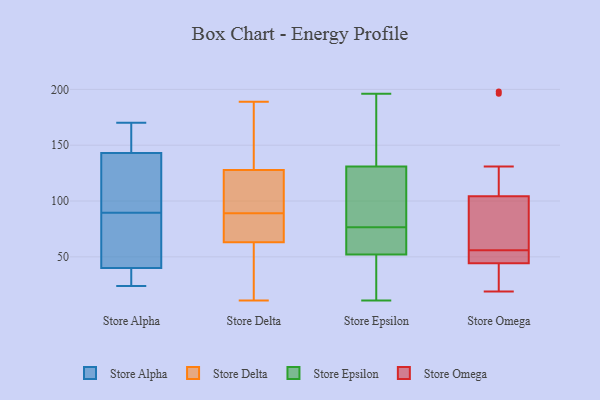
{"axis": {"x": "Conversion Rate (%)", "y": "Value"}, "legend": ["Store Alpha", "Store Delta", "Store Epsilon", "Store Omega"], "data": [{"x": "", "y": 143, "type": "Store Alpha"}, {"x": "", "y": 170, "type": "Store Alpha"}, {"x": "", "y": 164, "type": "Store Alpha"}, {"x": "", "y": 24, "type": "Store Alpha"}, {"x": "", "y": 40, "type": "Store Alpha"}, {"x": "", "y": 124, "type": "Store Alpha"}, {"x": "", "y": 86, "type": "Store Alpha"}, {"x": "", "y": 60, "type": "Store Alpha"}, {"x": "", "y": 93, "type": "Store Alpha"}, {"x": "", "y": 40, "type": "Store Alpha"}, {"x": "", "y": 22, "type": "Store Delta"}, {"x": "", "y": 112, "type": "Store Delta"}, {"x": "", "y": 71, "type": "Store Delta"}, {"x": "", "y": 89, "type": "Store Delta"}, {"x": "", "y": 136, "type": "Store Delta"}, {"x": "", "y": 125, "type": "Store Delta"}, {"x": "", "y": 68, "type": "Store Delta"}, {"x": "", "y": 106, "type": "Store Delta"}, {"x": "", "y": 166, "type": "Store Delta"}, {"x": "", "y": 76, "type": "Store Delta"}, {"x": "", "y": 44, "type": "Store Delta"}, {"x": "", "y": 180, "type": "Store Delta"}, {"x": "", "y": 189, "type": "Store Delta"}, {"x": "", "y": 87, "type": "Store Delta"}, {"x": "", "y": 11, "type": "Store Delta"}, {"x": "", "y": 48, "type": "Store Delta"}, {"x": "", "y": 96, "type": "Store Delta"}, {"x": "", "y": 55, "type": "Store Epsilon"}, {"x": "", "y": 26, "type": "Store Epsilon"}, {"x": "", "y": 82, "type": "Store Epsilon"}, {"x": "", "y": 154, "type": "Store Epsilon"}, {"x": "", "y": 34, "type": "Store Epsilon"}, {"x": "", "y": 60, "type": "Store Epsilon"}, {"x": "", "y": 73, "type": "Store Epsilon"}, {"x": "", "y": 196, "type": "Store Epsilon"}, {"x": "", "y": 122, "type": "Store Epsilon"}, {"x": "", "y": 80, "type": "Store Epsilon"}, {"x": "", "y": 94, "type": "Store Epsilon"}, {"x": "", "y": 53, "type": "Store Epsilon"}, {"x": "", "y": 100, "type": "Store Epsilon"}, {"x": "", "y": 140, "type": "Store Epsilon"}, {"x": "", "y": 147, "type": "Store Epsilon"}, {"x": "", "y": 70, "type": "Store Epsilon"}, {"x": "", "y": 11, "type": "Store Epsilon"}, {"x": "", "y": 181, "type": "Store Epsilon"}, {"x": "", "y": 51, "type": "Store Epsilon"}, {"x": "", "y": 22, "type": "Store Epsilon"}, {"x": "", "y": 112, "type": "Store Omega"}, {"x": "", "y": 53, "type": "Store Omega"}, {"x": "", "y": 19, "type": "Store Omega"}, {"x": "", "y": 63, "type": "Store Omega"}, {"x": "", "y": 131, "type": "Store Omega"}, {"x": "", "y": 63, "type": "Store Omega"}, {"x": "", "y": 56, "type": "Store Omega"}, {"x": "", "y": 54, "type": "Store Omega"}, {"x": "", "y": 48, "type": "Store Omega"}, {"x": "", "y": 43, "type": "Store Omega"}, {"x": "", "y": 22, "type": "Store Omega"}, {"x": "", "y": 81, "type": "Store Omega"}, {"x": "", "y": 32, "type": "Store Omega"}, {"x": "", "y": 196, "type": "Store Omega"}, {"x": "", "y": 198, "type": "Store Omega"}]}